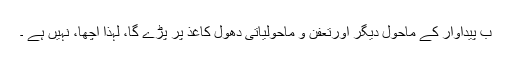
ب پیداوار کے ماحول دیگر اورتعفن و ماحولیاتی دھول کاغذ پر پڑے گا، لہذا اچھا، نہیں ہے ۔